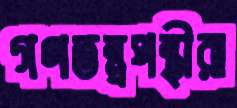
গণতন্ত্রপন্থীরা